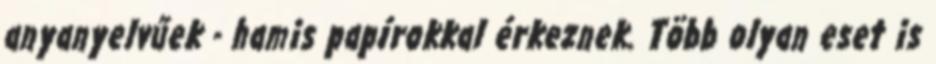
anyanyelvűek - hamis papírokkal érkeznek. Több olyan eset is